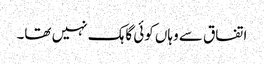
اتفاق سے وہاں کوئی گاہک نہیں تھا۔